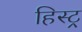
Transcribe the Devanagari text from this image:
हिस्ट्र